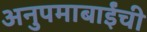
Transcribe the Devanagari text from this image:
अनुपमाबाईंची